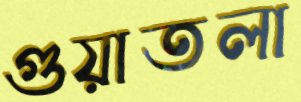
গুয়াতলা